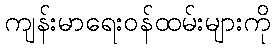
ကျန်းမာရေးဝန်ထမ်းများကို